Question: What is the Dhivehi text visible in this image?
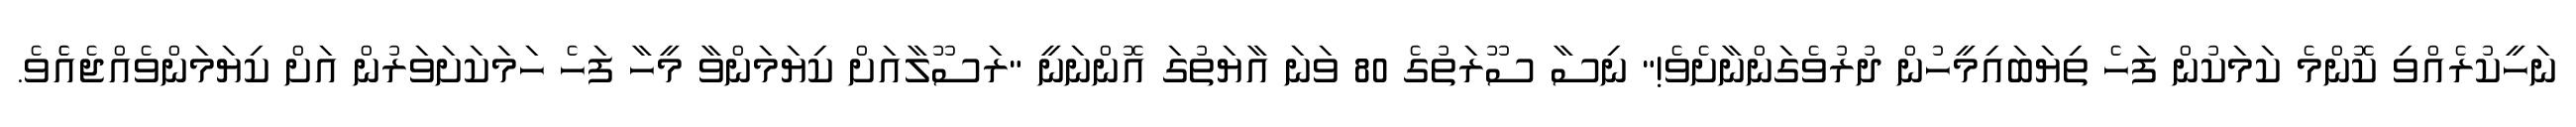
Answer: ނަހީކުރެއްވި ކޮންމެ ކަމަކުން ފަހެ ތިޔަބައިމީހުން ދުރުވެގަންނާށެވެ!" ނިސާ ސޫރަތުގެ 80 ވަނަ އާޔަތުގަ އޮންނަނީ "ރަސޫލާއަށް ކިޔަމަންވާ މީހާ ފަހެ ހަމަކަށަވަރުން އަށް ކިޔަމަންވެއްޖެއެެވެ.